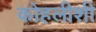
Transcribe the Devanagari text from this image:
कोहलीशी